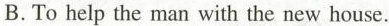
B. To help the man with the new house.